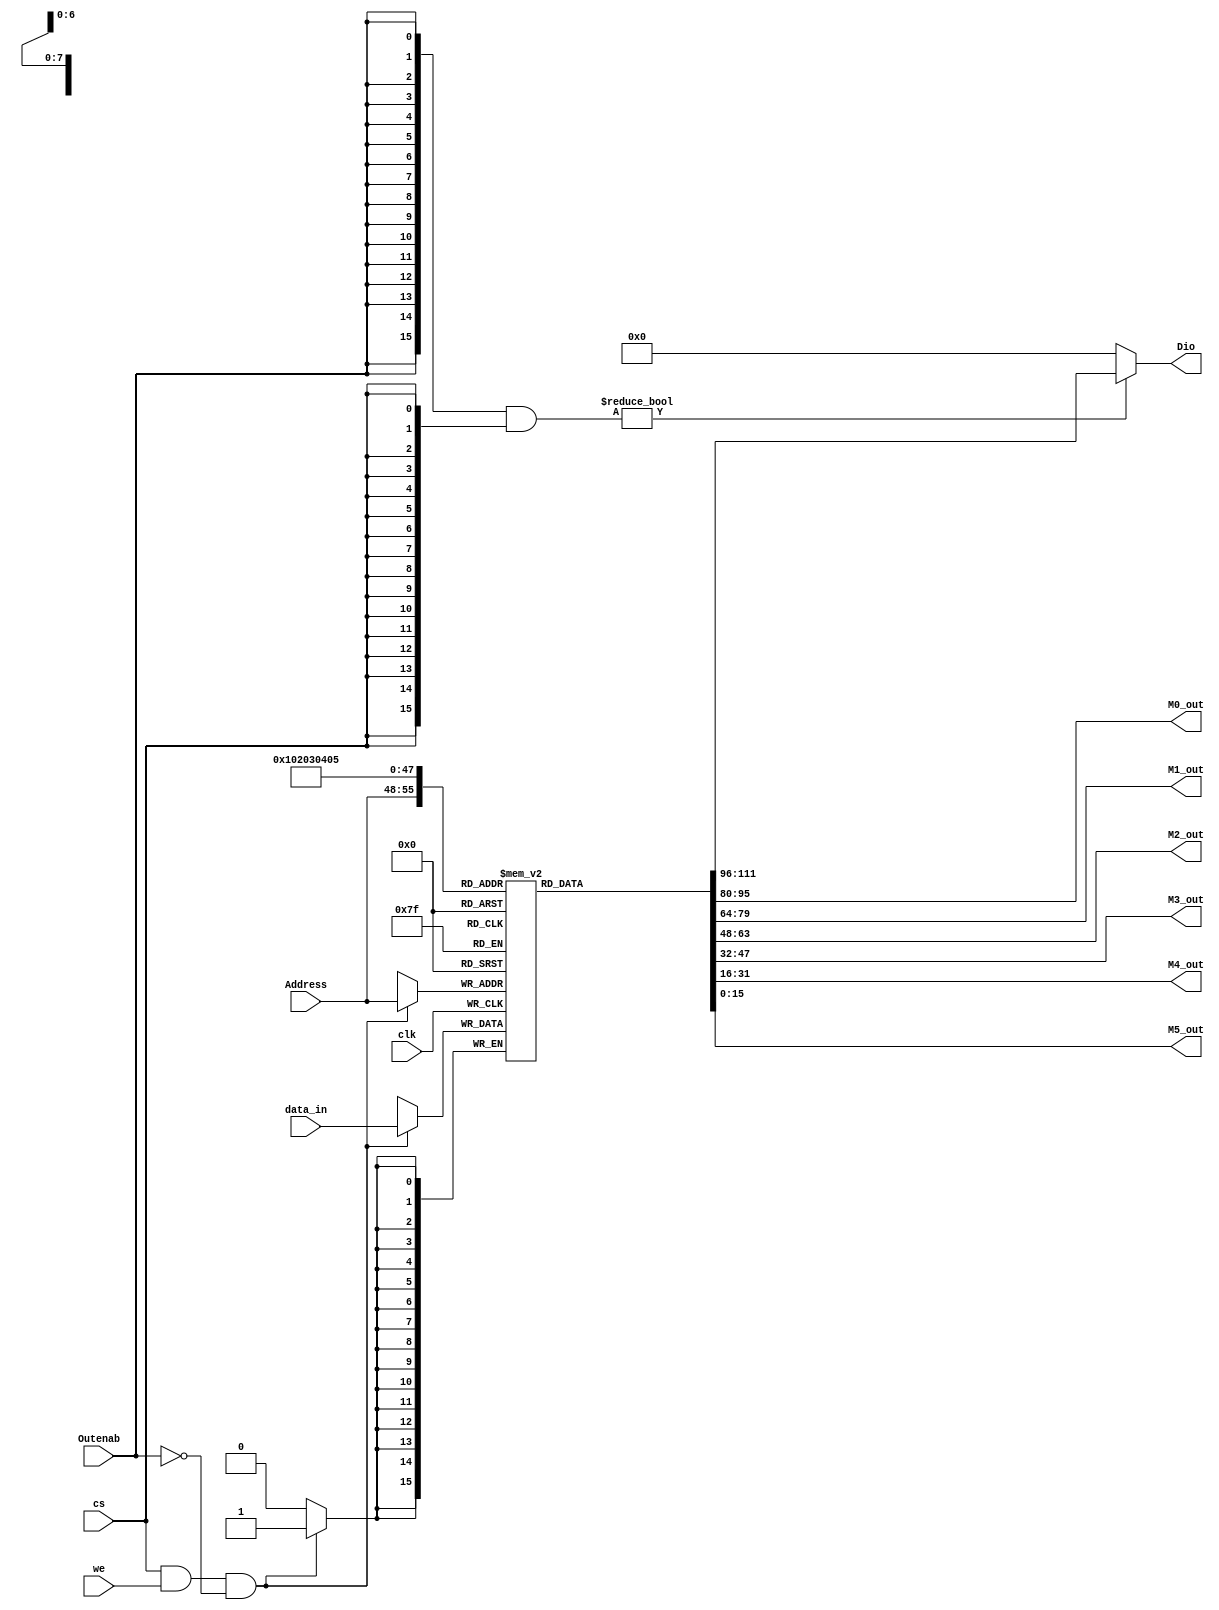
`timescale 1ns / 1ps
//////////////////////////////////////////////////////////////////////////////////
// Company: 
// Engineer: 
// 
// Design Name: 
// Module Name: Dmem
// Project Name: 
// Target Devices: 
// Tool Versions: 
// Description: 
// 
// Dependencies: 
// 
// Revision:
// Revision 0.01 - File Created
// Additional Comments:
// 
//////////////////////////////////////////////////////////////////////////////////


module Dmem(
input clk,
input cs,
input we,
input Outenab,
input[7:0] Address,
input[15:0] data_in,
output[15:0] Dio,

/////////////////////////////////////////////////////////////////////////
output[15:0] M0_out,
output[15:0] M1_out,
output[15:0] M2_out,
output[15:0] M3_out,
output[15:0] M4_out,
output[15:0] M5_out

);
reg [15:0] RAM [255:0];

assign Dio = ({16{Outenab}}&{16{cs}}) ? RAM[Address] :
                                    16'b0;
always @(posedge clk ) begin
   if(cs & we & (~Outenab))
       RAM[Address] <= data_in;
       


end
///////////////////////////////////////////////////////////////////////////////////////       
assign M0_out = RAM[0];
assign M1_out = RAM[1];
assign M2_out = RAM[2];
assign M3_out = RAM[3];
assign M4_out = RAM[4];
assign M5_out = RAM[5];
endmodule